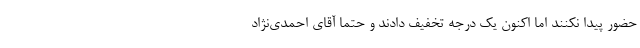
حضور پیدا نکنند اما اکنون یک درجه تخفیف دادند و حتما آقای احمدی‌نژاد